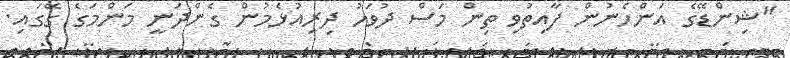
"ޝިންޑޭގެ އަންހެނުން ފާއިތުވި ތިން މަސް ދުވަހު ދިރިއުޅެމުން ގެންދަނީ މަންމަގެ ގޭގައި.